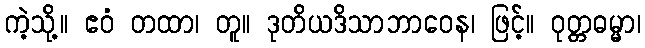
ကဲ့သို့။ ဧဝံ တထာ၊ တူ။ ဒုတိယဒိသာဘာဝေန၊ ဖြင့်။ ဝုတ္တဓမ္မာ၊